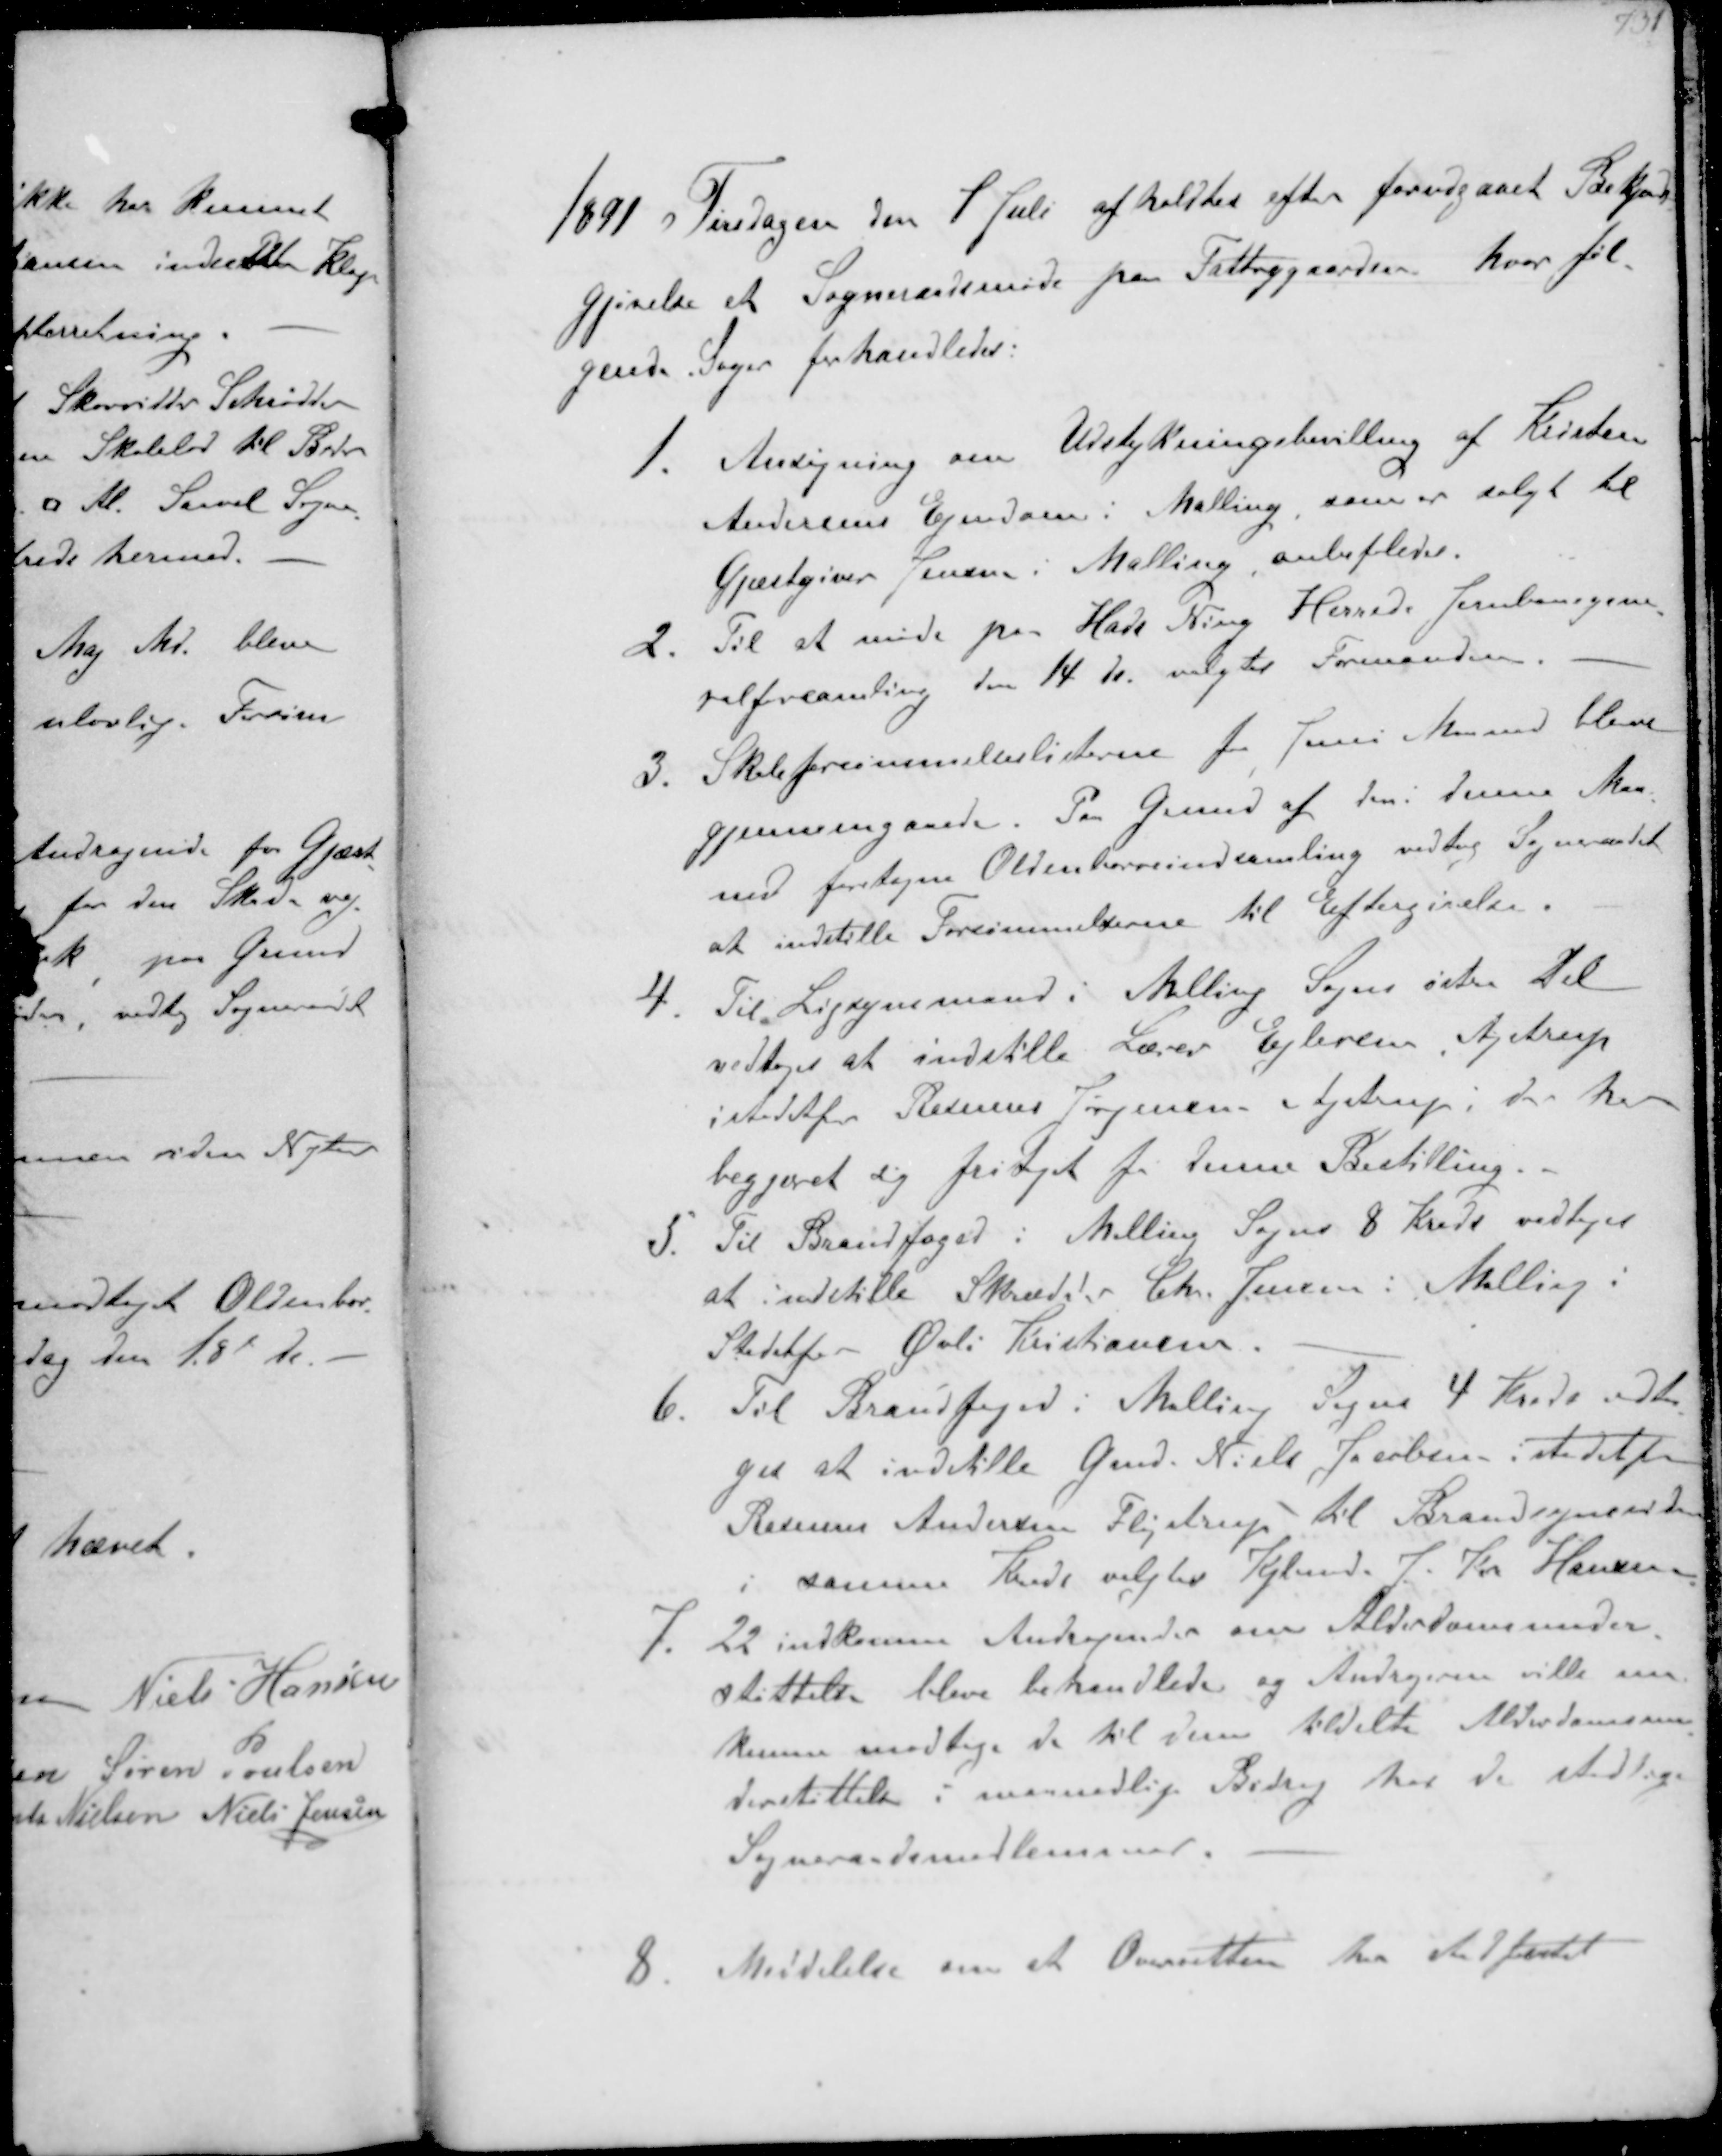
Transskription:
1891 Tirsdagen den 7 Juli afholdtes efter forudgaaet Bekjendt-
gjørelse et Sogneraadsmøde fra Fattiggaarden hvor føl-
gende Sager forhandledes:
1. Ansøgning om Udstykningsbevilling af Kristen
Andersens Ejendom i Malling som er solgt til
Gjæstgiver Jensen i Malling anbefaledes.
2. Til at møde paa Hads Ning Herreds Jernbanegene-
ralforsamling den 14 ds valgtes Formanden
3. Skoleforsømmelseslisterne for Juni Maaned bleve
Gjennemgaaede. Paa Grund af den i denne Maa-
ned foretagne Oldenborreindsamling vedtog Sogneraadet
at indstille Forsømmelserne til Eftergivelse.
4. Til Ligsynsmand i Malling Sogns østre Del
vedtoges at indstille Lærer Ejleren Ajstrup
istedfor Rasmus Jørgensen Ajstrup, der har
begjæret sig fritaget for denne Bestilling
5. Til Brandtoged i Malling Sogns 8 Kreds vedtoges
at indstille Skrædder Chr. Jensen i Malling i 
Stedetfor Øvli Kristiansen
6. Til Brandfoged i Malling Sogns 4 Kreds vedto-
ges at indstille Gmd. Niels Jacobsen istedetfor
Rasmus Andersen Fløjstrup til Brandsynsvidne
i samme Kreds valgtes Kjbmd. J Kr Hansen.
7. 22 indkomne Andragender om Alderdomsunder-
støttelse blev behandlede og Andragerne ville nu
kunne modtage de til dem tildelte Alderdomsun-
derstøttelser i maanedlige Bidrag hos de stedlige
Sognerådsmedlemmer.

8 Meddelelse om at Overretten har stadfæstet